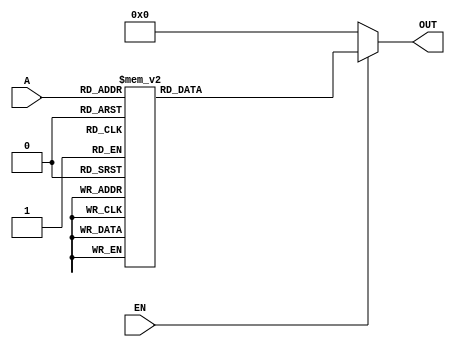
module decoder7448(EN,A,OUT);
	input [3:0] A;
	input EN;
	output [6:0]OUT;
	reg [6:0]OUT;
	always @(A or EN)
	begin
		if(~EN)
			OUT=7'b0000000;
		else
			case(A)
			4'd0:  OUT=7'b0111111;
			4'd1:  OUT=7'b0000110;
			4'd2:  OUT=7'b1011011;
			4'd3:  OUT=7'b1001111;
			4'd4:  OUT=7'b1100110;
			4'd5:  OUT=7'b1101101;
			4'd6:  OUT=7'b1111100;
			4'd7:  OUT=7'b0000111;
			4'd8:  OUT=7'b1111111;
			4'd9:  OUT=7'b1100111;
			4'd10: OUT=7'b1011000;
			4'd11: OUT=7'b1001100;
			4'd12: OUT=7'b1100010;
			4'd13: OUT=7'b1101001;
			4'd14: OUT=7'b1111000;
			4'd15: OUT=7'b0000000;
			endcase
	end
endmodule